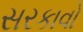
સરકાવો